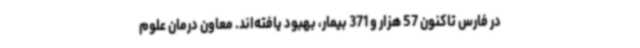
در فارس تاکنون 57 هزار و 371 بیمار، بهبود یافته‌اند. معاون درمان علوم